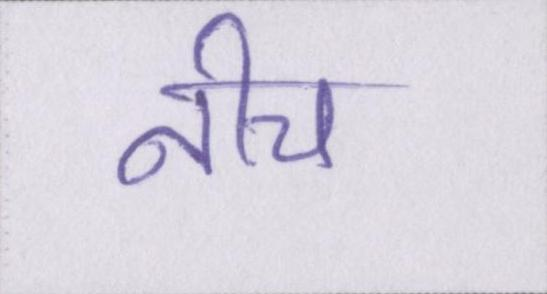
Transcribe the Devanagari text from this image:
नीच